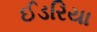
ઈડરિયા